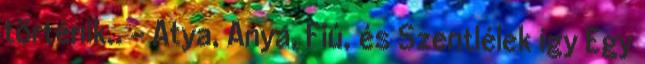
történik.. - Atya, Anya, Fiú, és Szentlélek így Egy